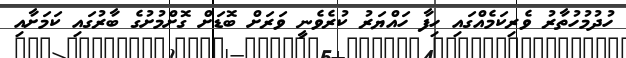
ހުދުމުހުތާރު ވެރިކަމެއްގައި ހިފާ ހައްޔަރު ކުރެވެނީ ވަރަށް ބޮޑަށް ގޮށްމުށުގެ ބާރުގައި ކަމަށާއި